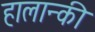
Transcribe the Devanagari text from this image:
हालान्की